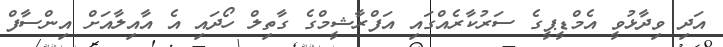
އަދި ވިދާޅުވީ އެމްޑީޕީގެ ސަރުކާރެއްގައި އަފްރާޝީމްގެ ގާތިލް ހޯދައި އެ އާއިލާއަށް އިންސާފް